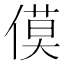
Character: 𪝡